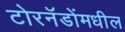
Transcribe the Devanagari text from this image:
टोरनॅडोंमधील